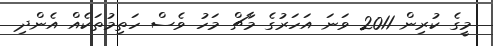
މީގެ ކުރިން 2011 ވަނަ އަހަރުގެ މާޗް މަހު ވެސް ހަތިމުތަކެއް އެންދި